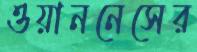
ওয়াননেসের